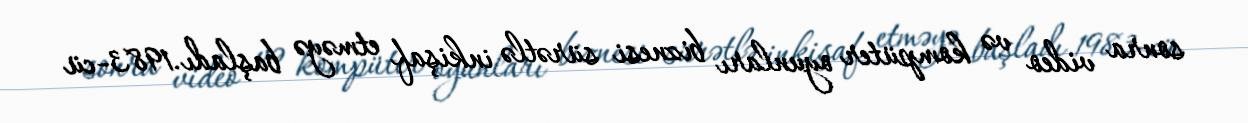
sonra video və kompüter oyunları biznesi sürətlə inkişaf etməyə başladı.1983-cü